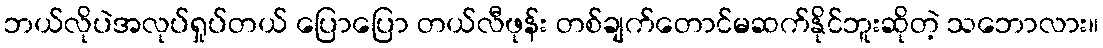
ဘယ်လိုပဲအလုပ်ရှုပ်တယ် ပြောပြော တယ်လီဖုန်း တစ်ချက်တောင်မဆက်နိုင်ဘူးဆိုတဲ့ သဘောလား။